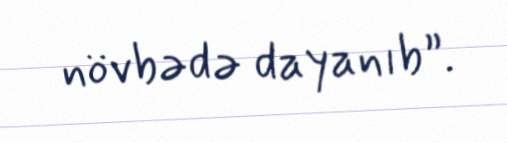
növbədə dayanıb”.